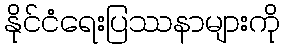
နိုင်ငံရေးပြဿနာများကို